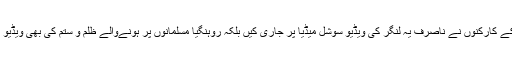
ؒخالصا ایڈانٹرنیشنل کے کارکنوں نے ناصرف یہ لنگر کی ویڈیو سوشل میڈیا پر جاری کیں بلکہ روہنگیا مسلمانوں پر ہونےوالے ظلم و ستم کی بھی ویڈیو میں منظر کشی کی ۔